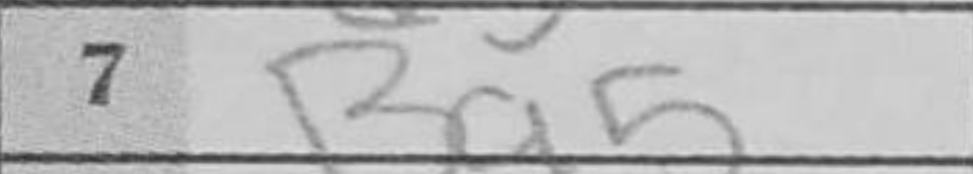
Transcription: Bg5